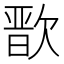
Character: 𭭒